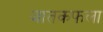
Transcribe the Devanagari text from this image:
जातकफला